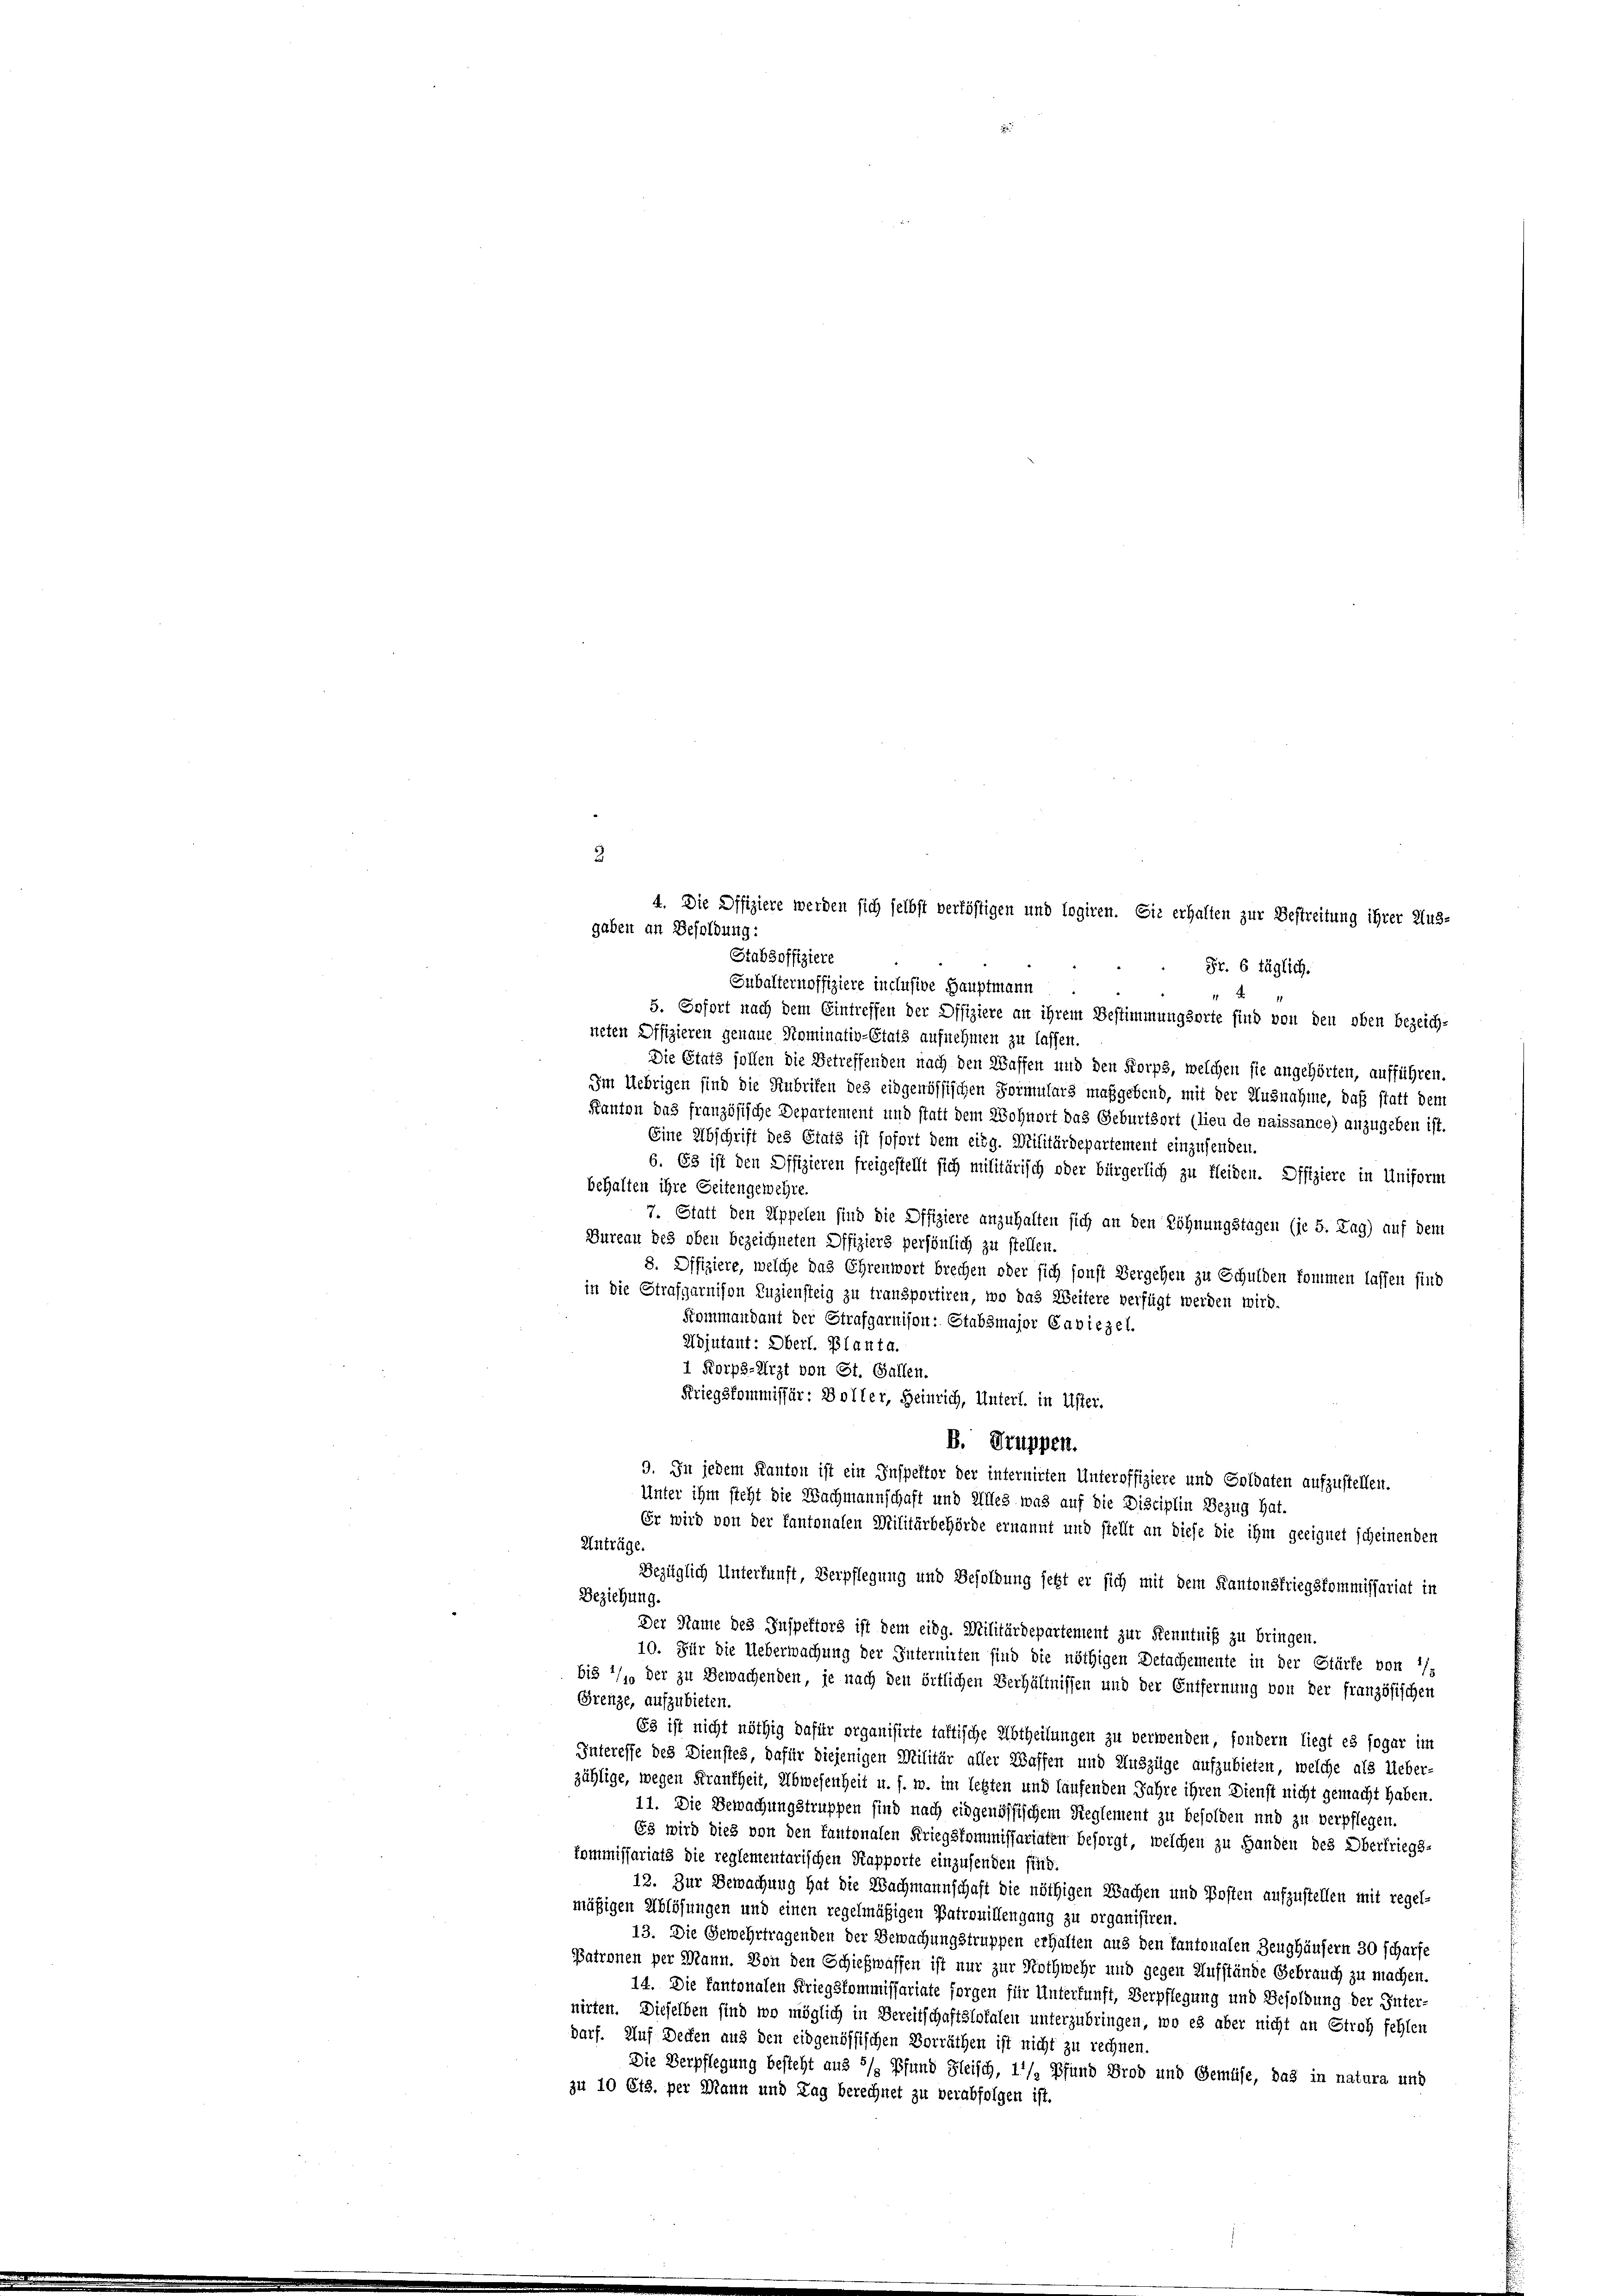
gaben an Besoldung:

Fr. 6 täglich.
Subalternoffiziere inclusive Hauptmann
5. Sofort nach dem Eintreffen der Offiziere an ihrem Bestimmungsorte sind von den oben bezeich-
neten Offizieren genaue Nominativ-Etats aufnehmen zu lassen.
Die Etats sollen die Betreffenden nach den Waffen und den Korps, welchen sie angehörten, aufführen.
Im Uebrigen sind die Rubriken des eidgenössischen Formulars maßgebend, mit der Ausnahme, daß statt dem
Kanton das französische Departement und statt dem Wohnort das Geburtsort (lieu de naissance) anzugeben ist.
Eine Abschrift des Gratz ist sofort dem eidg. Militärdepartement einzusenden.
6. Es ist den Offizieren freigestellt sich militärisch oder bürgerlich zu fleiden. Offiziere in Uniform
behalten ihre Seitengewehre.
7. Statt den Appelen sind die Offiziere anzuhalten sich an den Zöhnungstagen (je 5. Tag) auf dem
Bureau des oben bezeichneten Offiziers persönlich zu stellen.
8. Offiziere, welche das Ehrenwort brechen oder sich sonst Vergehen zu Schulden kommen lassen sind
in die Strafgarnison Zuziensteig zu transportiren, wo das Weitere verfügt werden wird.
Kommandant der Strafgarnison: Stabsmajor Caviezel.
Adjutant: Oberl. Planta.
1 Korps-Arzt von St. Gallen.
Kriegskommissär: Boller, Heinrich, Unterl. in Uster.
B. Truppen.
9. In jedem Kanton ist ein Inspektor der internirten Unteroffiziere und Soldaten aufzustellen.
Unter ihm steht die Nachmannschaft und Alles was auf die Disciplin Bezug hat.
Er wird von der Kantonalen Militärbehörde ernannt und stellt an diese die ihm geeignet scheinenden
Anträge.
Bezüglich Unterfunft, Verpflegung und Besoldung jetzt er sich mit dem Kantonskriegskommissariat in
Beziehung.
Der Name des Inspektors ist dem eidg. Militärdepartement zur Kenntniß zu bringen.
10. Für die Ueberwachung der Internirten sind die nöthigen Detachemente in der Stärke von 1/
bis 1/10 der zu Bewachenden, je nach den örtlichen Verhältnissen und der Entfernung von der französischen
Grenze, aufzubieten.
E3 ist nicht nöthig dafür organisirte taltische Abtheilungen zu verwenden, sondern liegt es sogar im
Interesse des Dienstes, dafür diejenigen Militär aller Waffen und Auszüge aufzubieten, welche als Ueber-
zählige, wegen Frankheit, Abwesenheit u. s. w. im letzten und laufenden Jahre ihren Dienst nicht gemacht haben.
11. Die Bewachungstruppen sind nach eidgenössischem Reglement zu besolden und zu verpflegen.
63 wird dies von den Cantonalen Kriegskommissariaten besorgt, welchen zu Handen des Obertriegs-
Commissariats die reglementarischen Rapporte einzusenden sind.
12. Zur Bewachung hat die Wachmannschaft die nöthigen Wachen und Posten aufzustellen mit regel-
mäßigen Ablösungen und einen regelmäßigen Patrouillengang zu organisiren.
13. Die Gewehrtragenden der Bewachungstruppen erhalten aus den kantonalen Zeughäusern 30 scharfe
Patronen per Mann. Von den Schiehwaffen ist nur zur Nothwehr und gegen Aufstände Gebrauch zu machen.
14. Die Pantonalen Kriegskommissariate forgen für Unterfunft, Verpflegung und Besoldung der Inter-
nirten. Dieselben sind wo möglich in Bereitschaftslokalen unterzubringen, wo es aber nicht an Stroh fehlen
darf. Auf Decken aus den eidgenössischen Vorräthen ist nicht zu rechnen.
Die Verpflegung besteht aus 5/ Pfund Fleisch, 11/ Pfund Brod und Gemüse, das in natura und
zu 10 Cts. per Mann und Tag berechnet zu verabfolgen ist.

4. Die Offiziere werden sich selbst verföhtigen und logiren. Sie erhalten zur Bestreitung ihrer Aus-

Stabsoffiziere